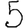
Digit: 5